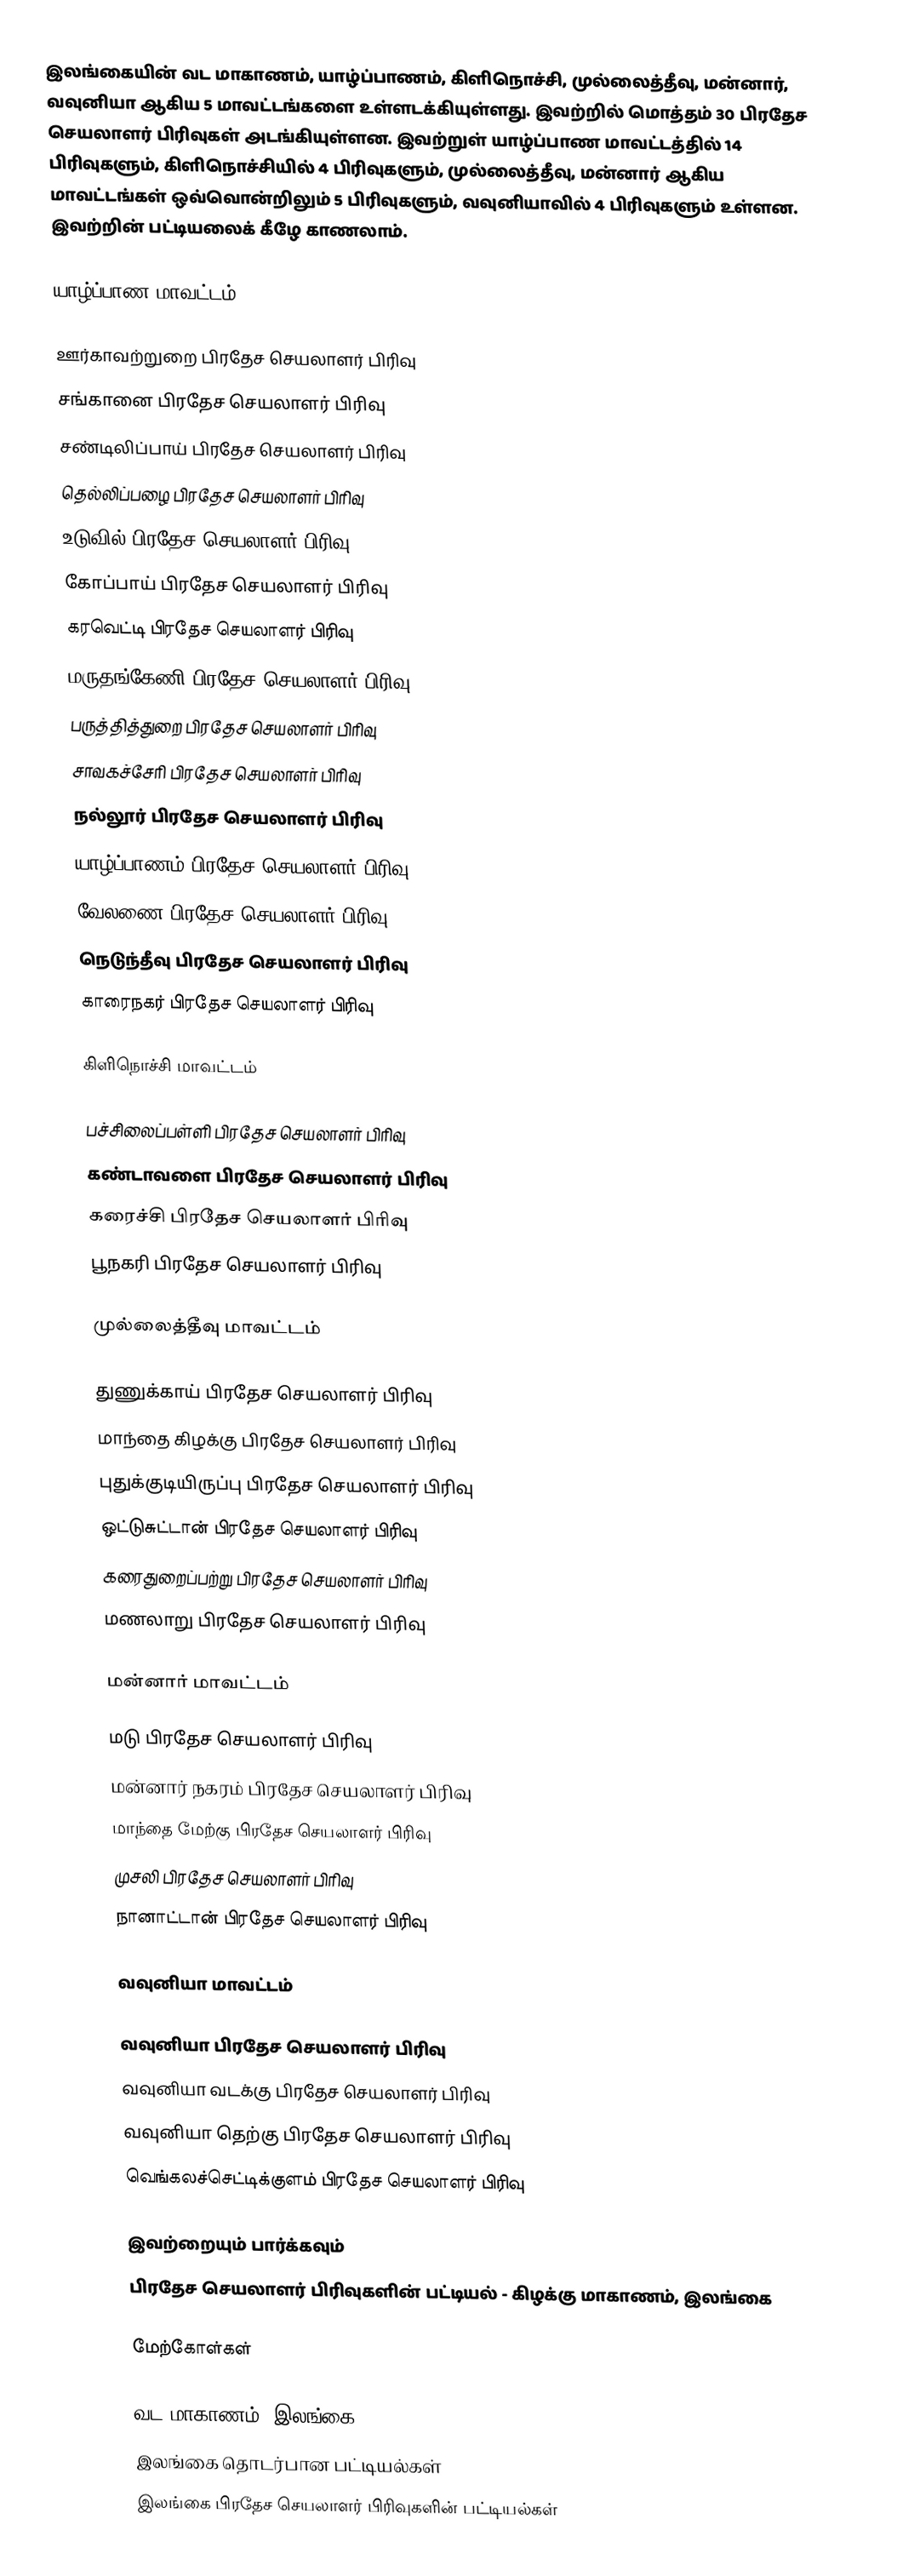
இலங்கையின் வட மாகாணம், யாழ்ப்பாணம், கிளிநொச்சி, முல்லைத்தீவு, மன்னார், வவுனியா ஆகிய 5 மாவட்டங்களை உள்ளடக்கியுள்ளது. இவற்றில் மொத்தம் 30 பிரதேச செயலாளர் பிரிவுகள் அடங்கியுள்ளன. இவற்றுள் யாழ்ப்பாண மாவட்டத்தில் 14 பிரிவுகளும், கிளிநொச்சியில் 4 பிரிவுகளும், முல்லைத்தீவு, மன்னார் ஆகிய மாவட்டங்கள் ஒவ்வொன்றிலும் 5 பிரிவுகளும், வவுனியாவில் 4 பிரிவுகளும் உள்ளன. இவற்றின் பட்டியலைக் கீழே காணலாம்.

யாழ்ப்பாண மாவட்டம்

 ஊர்காவற்றுறை பிரதேச செயலாளர் பிரிவு
 சங்கானை பிரதேச செயலாளர் பிரிவு
 சண்டிலிப்பாய் பிரதேச செயலாளர் பிரிவு
 தெல்லிப்பழை பிரதேச செயலாளர் பிரிவு
 உடுவில் பிரதேச செயலாளர் பிரிவு
 கோப்பாய் பிரதேச செயலாளர் பிரிவு
 கரவெட்டி பிரதேச செயலாளர் பிரிவு
 மருதங்கேணி பிரதேச செயலாளர் பிரிவு
 பருத்தித்துறை பிரதேச செயலாளர் பிரிவு
 சாவகச்சேரி பிரதேச செயலாளர் பிரிவு
 நல்லூர் பிரதேச செயலாளர் பிரிவு
 யாழ்ப்பாணம் பிரதேச செயலாளர் பிரிவு
 வேலணை பிரதேச செயலாளர் பிரிவு
 நெடுந்தீவு பிரதேச செயலாளர் பிரிவு
 காரைநகர் பிரதேச செயலாளர் பிரிவு

கிளிநொச்சி மாவட்டம்

 பச்சிலைப்பள்ளி பிரதேச செயலாளர் பிரிவு
 கண்டாவளை பிரதேச செயலாளர் பிரிவு
 கரைச்சி பிரதேச செயலாளர் பிரிவு
 பூநகரி பிரதேச செயலாளர் பிரிவு

முல்லைத்தீவு மாவட்டம்

 துணுக்காய் பிரதேச செயலாளர் பிரிவு
 மாந்தை கிழக்கு பிரதேச செயலாளர் பிரிவு
 புதுக்குடியிருப்பு பிரதேச செயலாளர் பிரிவு
 ஒட்டுசுட்டான் பிரதேச செயலாளர் பிரிவு
 கரைதுறைப்பற்று பிரதேச செயலாளர் பிரிவு
 மணலாறு பிரதேச செயலாளர் பிரிவு

மன்னார் மாவட்டம்

 மடு பிரதேச செயலாளர் பிரிவு
 மன்னார் நகரம் பிரதேச செயலாளர் பிரிவு
 மாந்தை மேற்கு பிரதேச செயலாளர் பிரிவு
 முசலி பிரதேச செயலாளர் பிரிவு
 நானாட்டான் பிரதேச செயலாளர் பிரிவு

வவுனியா மாவட்டம்

 வவுனியா பிரதேச செயலாளர் பிரிவு
 வவுனியா வடக்கு பிரதேச செயலாளர் பிரிவு
 வவுனியா தெற்கு பிரதேச செயலாளர் பிரிவு
 வெங்கலச்செட்டிக்குளம் பிரதேச செயலாளர் பிரிவு

இவற்றையும் பார்க்கவும்
 பிரதேச செயலாளர் பிரிவுகளின் பட்டியல் - கிழக்கு மாகாணம், இலங்கை

மேற்கோள்கள்

வட மாகாணம், இலங்கை
இலங்கை தொடர்பான பட்டியல்கள்
இலங்கை பிரதேச செயலாளர் பிரிவுகளின் பட்டியல்கள்